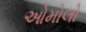
ઓમોલો